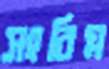
সংবিগ্ন